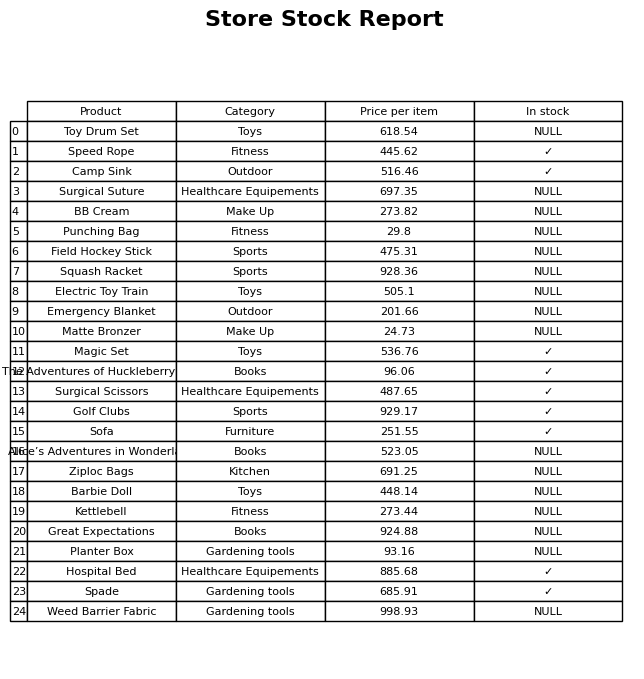
question: What is the price of the Weed Barrier Fabric?
answer: The price of Weed Barrier Fabric is 998.93.